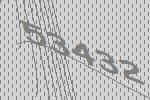
53432